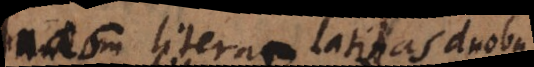
duas literas latinas duobus